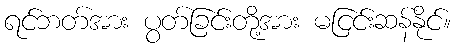
ရင်ဘတ်အား ပွတ်ခြင်းတို့အား မငြင်းဆန်နိုင်။